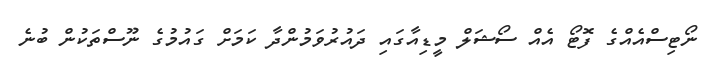
ނޯޓިސްއެއްގެ ފޮޓޯ އެއް ސޯޝަލް މީޑިއާގައި ދައުރުވަމުންދާ ކަމަށް ގައުމުގެ ނޫސްތަކުން ބުނެ